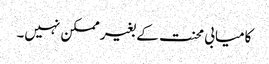
کامیابی محنت کے بغیر ممکن نہیں۔